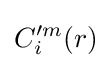
C_{i}'^{m}(r)